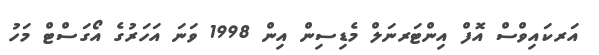
އަރކައިވްސް އޮފް އިންޓަރނަލް މެޑިސިން އިން 1998 ވަނަ އަހަރުގެ އޯގަސްޓް މަހު